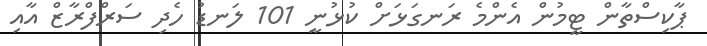
ޕާކިސްތާން ޓީމުން އެންމެ ރަނގަޅަށް ކުޅުނީ 101 ލަނޑު ހެދި ސަރްފްރާޒް އާއި